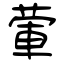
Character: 葷